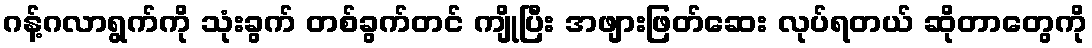
ဂန့်ဂလာရွက်ကို သုံးခွက် တစ်ခွက်တင် ကျိုပြီး အဖျားဖြတ်ဆေး လုပ်ရတယ် ဆိုတာတွေကို